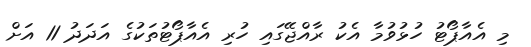
މި އެއާޕޯޓު ހުޅުވުމާ އެކު ރާއްޖޭގައި ހުރި އެއާޕޯޓުތަކުގެ އަދަދު 11 އަށް